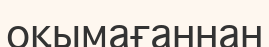
оқымағаннан